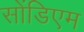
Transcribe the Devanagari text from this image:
सोंडिएम